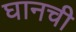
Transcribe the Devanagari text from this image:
घानची